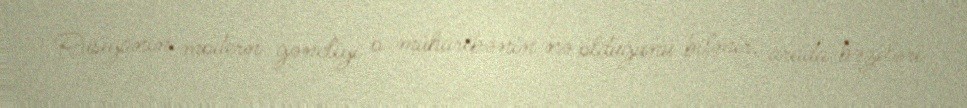
Rusiyanın modern gəncliyi o müharibənin nə olduğunu bilmir, arada bəziləri